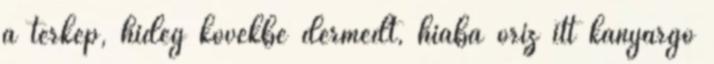
a térkép, hideg kövekbe dermedt, hiába őriz itt kanyargó